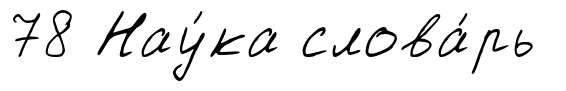
78 Нау́ка слова́рь